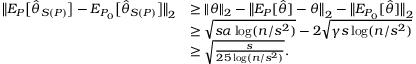
\begin{array} { r l } { \big \| E _ { P } \big [ \widehat \theta _ { S ( P ) } \big ] - E _ { P _ { 0 } } \big [ \widehat \theta _ { S ( P ) } \big ] \big \| _ { 2 } } & { \geq \| \theta \| _ { 2 } - \big \| E _ { P } [ \widehat \theta ] - \theta \big \| _ { 2 } - \big \| E _ { P _ { 0 } } [ \widehat \theta ] \big \| _ { 2 } } \\ & { \geq \sqrt { s \alpha \log ( n / s ^ { 2 } ) } - 2 \sqrt { \gamma s \log ( n / s ^ { 2 } ) } } \\ & { \geq \sqrt { \frac { s } { 2 5 \log ( n / s ^ { 2 } ) } } . } \end{array}